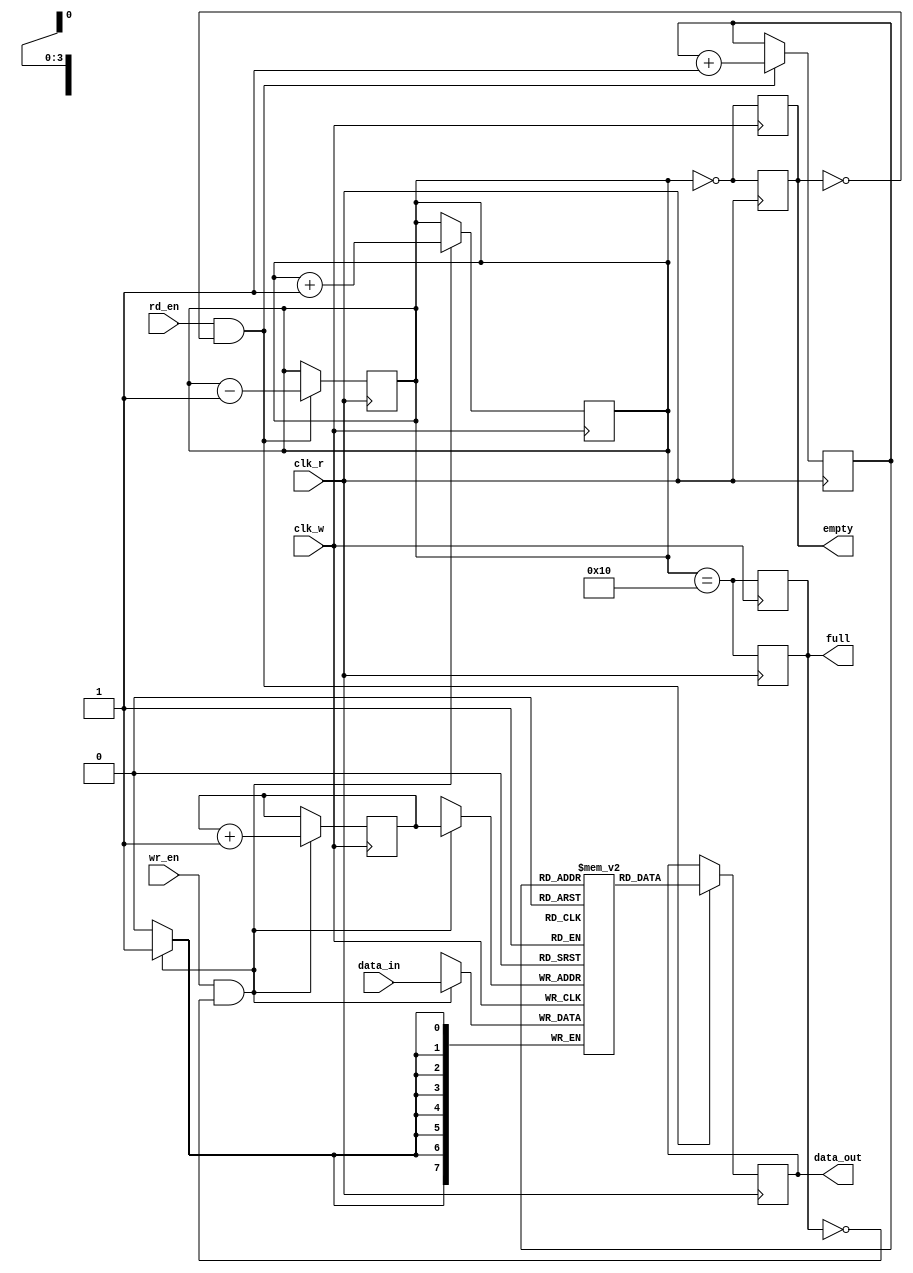
module async_fifo #(
    parameter DATA_WIDTH = 8, // Width of the data
    parameter FIFO_DEPTH = 16  // Depth of the FIFO (must be a power of 2)
)(
    input wire clk_w,          // Write clock
    input wire clk_r,          // Read clock
    input wire [DATA_WIDTH-1:0] data_in,  // Data input
    input wire wr_en,          // Write enable
    input wire rd_en,          // Read enable
    output reg [DATA_WIDTH-1:0] data_out, // Data output
    output reg full,           // Full flag
    output reg empty           // Empty flag
);

    // Pointer definitions
    reg [$clog2(FIFO_DEPTH)-1:0] wr_ptr; // Write pointer
    reg [$clog2(FIFO_DEPTH)-1:0] rd_ptr; // Read pointer
    reg [DATA_WIDTH-1:0] fifo_mem [0:FIFO_DEPTH-1]; // FIFO memory array
    reg [FIFO_DEPTH:0] count; // Count of entries in the FIFO

    initial begin
        wr_ptr = 0;
        rd_ptr = 0;
        full = 0;
        empty = 1;
        count = 0;
    end

    // Write operation
    always @(posedge clk_w) begin
        if (wr_en && !full) begin
            fifo_mem[wr_ptr] <= data_in; // Write data into FIFO
            wr_ptr <= wr_ptr + 1;        // Increment write pointer
            count <= count + 1;          // Increment count
        end

        // Update full/empty flags
        full <= (count == FIFO_DEPTH);
        empty <= (count == 0);
    end

    // Read operation
    always @(posedge clk_r) begin
        if (rd_en && !empty) begin
            data_out <= fifo_mem[rd_ptr]; // Read data from FIFO
            rd_ptr <= rd_ptr + 1;        // Increment read pointer
            count <= count - 1;          // Decrement count
        end

        // Update full/empty flags
        full <= (count == FIFO_DEPTH);
        empty <= (count == 0);
    end
endmodule